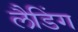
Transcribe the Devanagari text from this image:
लैडिंग